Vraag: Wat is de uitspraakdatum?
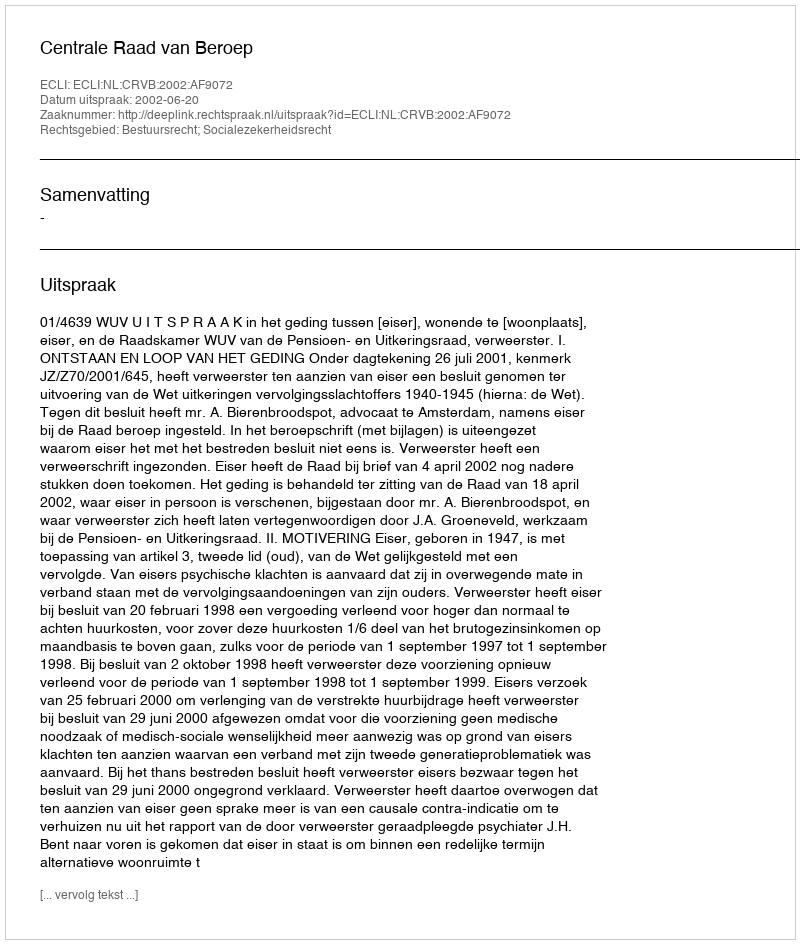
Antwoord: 2002-06-20